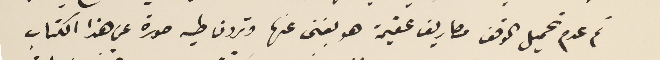
ثم عدم تحميل الوقف مصاريف عقيمة هو بغنى عنها وترون طيه صورة عن هذا الكتاب